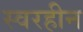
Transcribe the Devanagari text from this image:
स्वरहीन